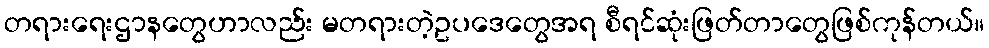
တရားရေးဌာနတွေဟာလည်း မတရားတဲ့ဥပဒေတွေအရ စီရင်ဆုံးဖြတ်တာတွေဖြစ်ကုန်တယ်။